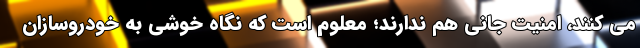
می کنند، امنیت جانی هم ندارند؛ معلوم است که نگاه خوشی به خودروسازان